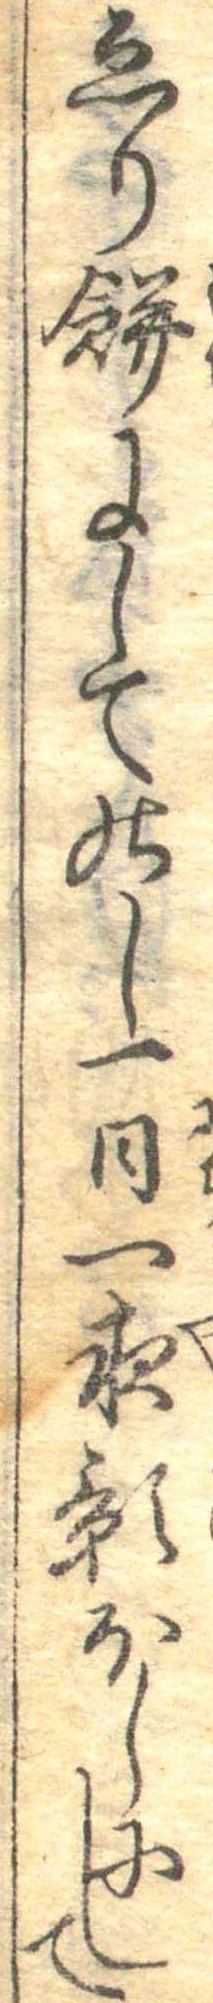
ゑり餅にしてのし一日一夜影ほしにして